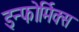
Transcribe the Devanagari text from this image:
इन्फोर्मिक्स